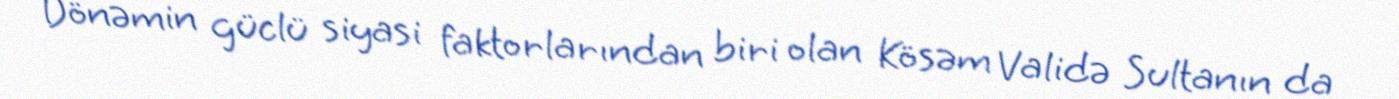
Dönəmin güclü siyasi faktorlarından biri olan Kösəm Validə Sultanın da